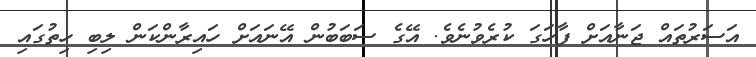
އަސަރުތައް ޖަނާއަށް ފާހަގަ ކުރެވުނެވެ. އޭގެ ސަބަބުން އޭނައަށް ހައިރާންކަން ލިބި ހިތުގައި